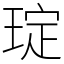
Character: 琔